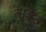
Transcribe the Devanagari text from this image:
लाउदुन